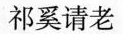
祁奚请老